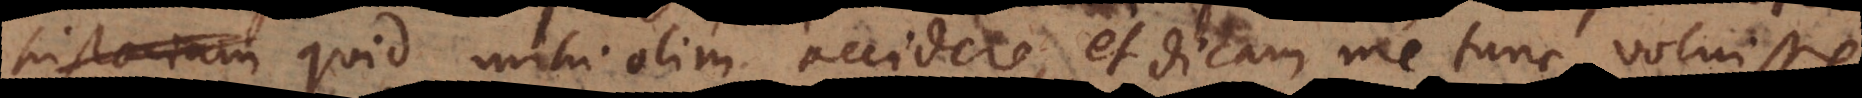
toriam quid mihi olim accidere, et dicam me tunc voluisse